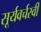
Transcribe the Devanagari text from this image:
सूर्यवर्चस्वी